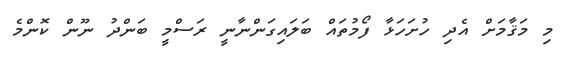
މި މަޤާމަށް އެދި ހުށަހަޅާ ފޯމުތައް ބަލައިގަންނާނީ ރަސްމީ ބަންދު ނޫން ކޮންމެ